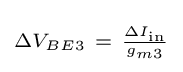
\scriptstyle \Delta V_{BE3}~=~{\frac {\Delta I_{\text{in}}}{g_{m3}}}